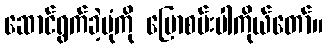
ဆောင်ရွက်ခဲ့ပုံကို ပြောစမ်းပါကိုယ်တော်။